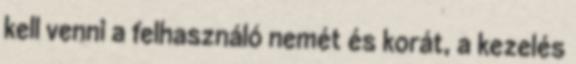
kell venni a felhasználó nemét és korát, a kezelés